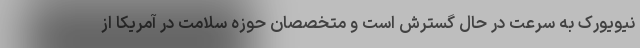
نیویورک به سرعت در حال گسترش است و متخصصان حوزه سلامت در آمریکا از